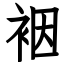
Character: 裀